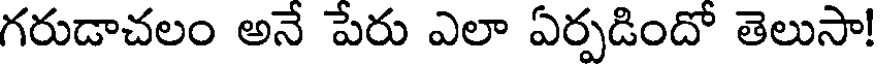
గరుడాచలం అనే పేరు ఎలా ఏర్పడిందో తెలుసా!